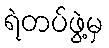
ရဲတပ်ဖွဲ့မှ